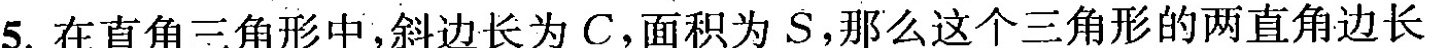
5.在直角三角形中，斜边长为C，面积为S，那么这个三角形的两直角边长